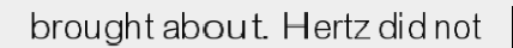
brought about. Hertz did not